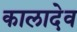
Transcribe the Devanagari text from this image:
कालादेव